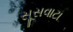
સૂસવાટા